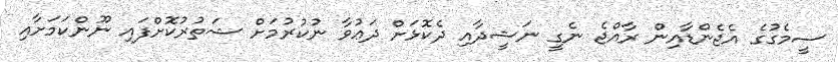
ސީމެގުގެ އެޖެންޑާއިން ރާއްޖެ ނެގީ ނަޝީދާއި ދެކޮޅަށް ދަޢުވާ ނުކުރުމަށް ޝަތުރުކޮށްފައި ނޫންކަމަށާއި